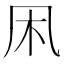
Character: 凩